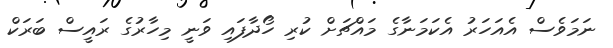
ނަމަވެސް އެއަހަރު އެކަމަނާގެ މައްޗަށް ކުރި ހޯދާފައި ވަނީ މިހާރުގެ ރައީސް ބަރަކް